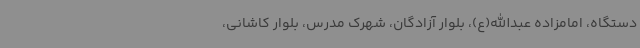
دستگاه، امامزاده عبدالله(ع)، بلوار آزادگان، شهرک مدرس، بلوار کاشانی،